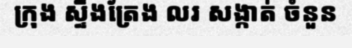
ក្រុង ស្ទឹងត្រែង លរ សង្កាត់ ចំនួន